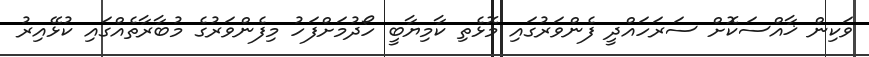
ވަކިން ޚާއްސަކޮށް ސަރަހައްދީ ފެންވަރުގައި މޮޅެތި ކާމިޔާބީ ހޯދުމަށްފަހު މިފެންވަރުގެ މުބާރާތެއްގައި ކުޅޭއިރު